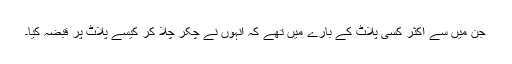
جن میں سے اکثر کسی پلاٹ کے بارے میں تھے کہ انہوں نے چکر چلا کر کیسے پلاٹ پر قبضہ کیا۔